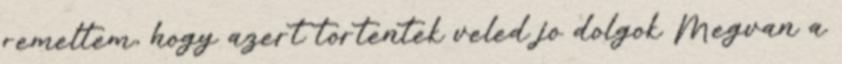
remeltem, hogy azert tortentek veled jo dolgok Megvan a